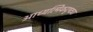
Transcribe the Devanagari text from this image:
आध्यत्मिकदृष्ट्या